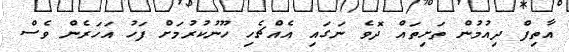
އާތިފް ދިއުމުން ތަށިތައް ދޮވެ ނަގައި އެއްޗެހި ހޫނުކުރުމަށް ފަހު އަހަރެން ވެސް